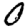
Digit: 0